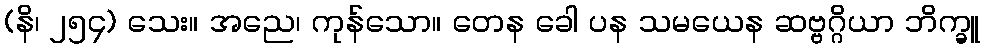
(နိ၊ ၂၅၄) သေး။ အညေ၊ ကုန်သော။ တေန ခေါ ပန သမယေန ဆဗ္ဗဂ္ဂိယာ ဘိက္ခူ